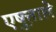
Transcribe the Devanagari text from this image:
एष़ुत्ताले